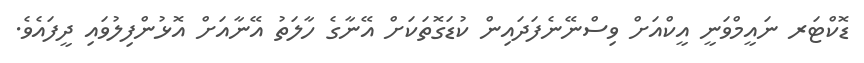
ޑޮކްޓަރ ނައީމްވަނީ އީކްއަށް ވިސްނޭނެފަދައިން ކުޑަގޮތަކަށް އޭނާގެ ހާލަތު އޭނާއަށް އޮޅުންފިލުވައި ދީފައެވެ.